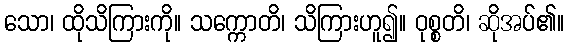
သော၊ ထိုသိကြားကို။ သက္ကောတိ၊ သိကြားဟူ၍။ ဝုစ္စတိ၊ ဆိုအပ်၏။